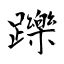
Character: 躒